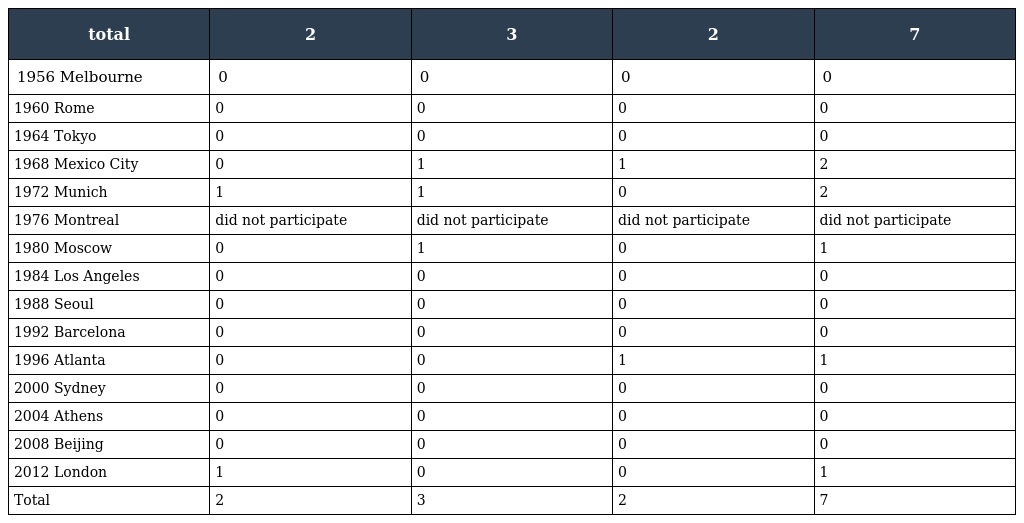
| total | 2 | 3 | 2 | 7 |
 | --- | --- | --- | --- | --- |
 | 1956 Melbourne | 0 | 0 | 0 | 0 |
 | 1960 Rome | 0 | 0 | 0 | 0 |
 | 1964 Tokyo | 0 | 0 | 0 | 0 |
 | 1968 Mexico City | 0 | 1 | 1 | 2 |
 | 1972 Munich | 1 | 1 | 0 | 2 |
 | 1976 Montreal | did not participate | did not participate | did not participate | did not participate |
 | 1980 Moscow | 0 | 1 | 0 | 1 |
 | 1984 Los Angeles | 0 | 0 | 0 | 0 |
 | 1988 Seoul | 0 | 0 | 0 | 0 |
 | 1992 Barcelona | 0 | 0 | 0 | 0 |
 | 1996 Atlanta | 0 | 0 | 1 | 1 |
 | 2000 Sydney | 0 | 0 | 0 | 0 |
 | 2004 Athens | 0 | 0 | 0 | 0 |
 | 2008 Beijing | 0 | 0 | 0 | 0 |
 | 2012 London | 1 | 0 | 0 | 1 |
 | Total | 2 | 3 | 2 | 7 |